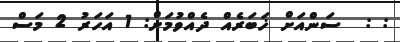
: :  ސަންއަށް ޚަބަރެއް ދެއްވުމަށް: 1 އަހަރު 2 މަސް